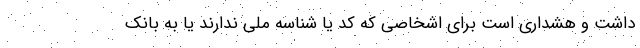
داشت و هشداری است برای اشخاصی که کد یا شناسه ملی ندارند یا به بانک